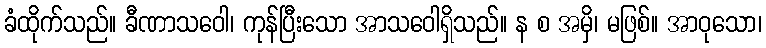
ခံထိုက်သည်။ ခီဏာသဝေါ၊ ကုန်ပြီးသော အာသဝေါရှိသည်။ န စ အမှိ၊ မဖြစ်။ အာဝုသော၊